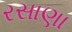
રસાણા